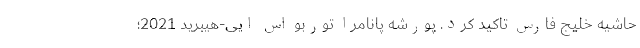
حاشیه خلیج فارس تاکید کرد. پورشه پانامرا توربو اس ایی-هیبرید 2021؛